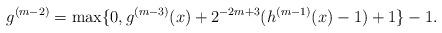
LaTeX: \begin{align*} g^{(m-2)} = \max\{0, g^{(m-3)}(x) + 2^{-2m+3}(h^{(m-1)}(x)-1) + 1\} - 1.\end{align*}